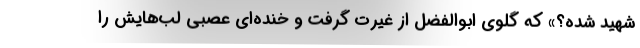
شهید شده؟» که گلوی ابوالفضل از غیرت گرفت و خنده‌ای عصبی لب‌هایش را